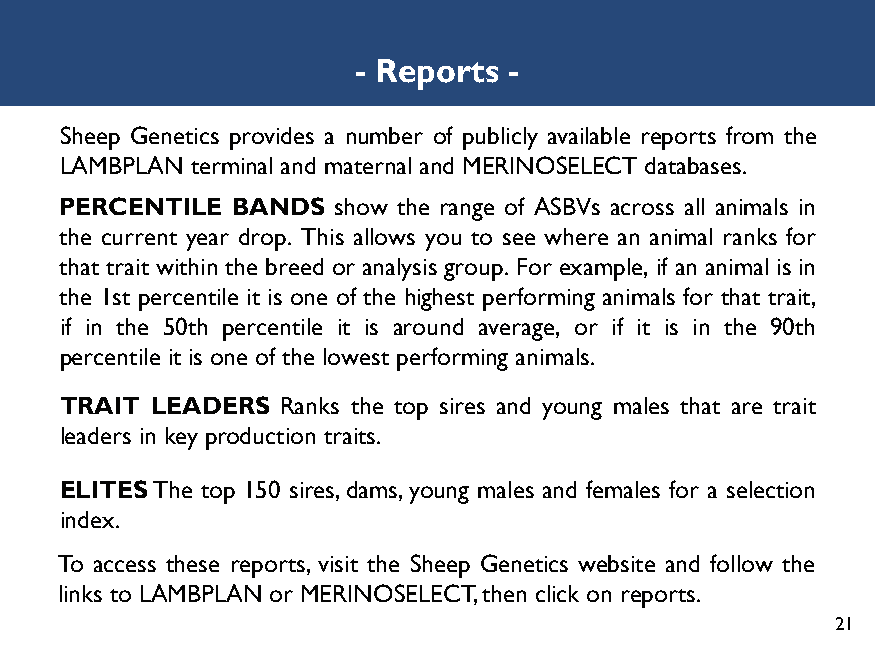
- Reports  -
 Sheep Genetics provides a number of publicly available reports from the
 LAMBPLAN terminal and maternal and MERINOSELECT databases.
 PERCENTILE BANDS  show the range of ASBVs across all animals in
 the current year drop. This allows you to see where an animal ranks for
 that trait within the breed or analysis group. For example, if an animal is in
 the 1st percentile it is one of the highest performing animals for that trait,
 if in the 50th percentile it is around average, or if it is in the 90th
 percentile it is one of the lowest performing animals.
 TRAIT LEADERS  Ranks the top sires and young males that are trait
 leaders in key production traits.
 ELITES The top 150 sires, dams, young males and females for a selection
 index.
 To access these reports, visit the Sheep Genetics website and follow the
 links to LAMBPLAN or MERINOSELECT, then click on reports.
 21